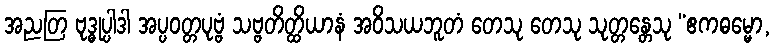
အညတြ ဗုဒ္ဓုပ္ပါဒါ အပ္ပဝတ္တပုဗ္ဗံ သဗ္ဗတိတ္ထိယာနံ အဝိသယဘူတံ တေသု တေသု သုတ္တန္တေသု “ဧကဓမ္မော,